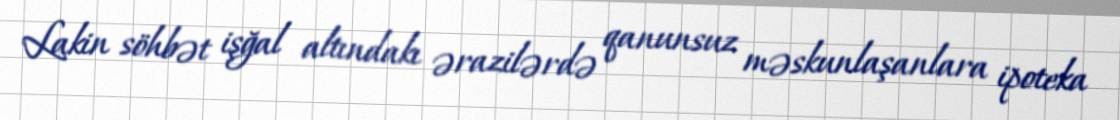
Lakin söhbət işğal altındakı ərazilərdə qanunsuz məskunlaşanlara ipoteka